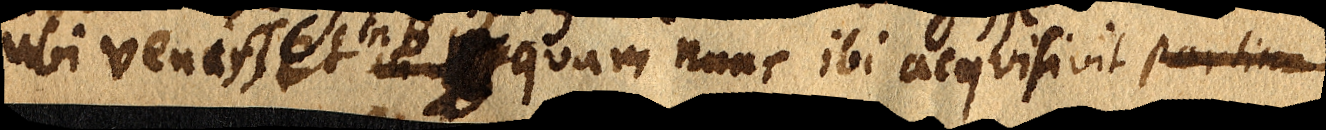
ubi venisset in B _ quam nunc ibi acquisivit partim